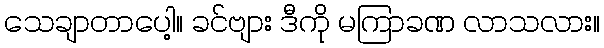
သေချာတာပေါ့။ ခင်ဗျား ဒီကို မကြာခဏ လာသလား။